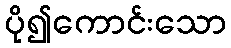
ပို၍ကောင်းသော